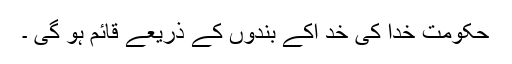
حکومت خدا کی خد اکے بندوں کے ذریعے قائم ہو گی ۔